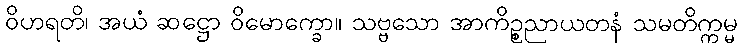
ဝိဟရတိ၊ အယံ ဆဋ္ဌော ဝိမောက္ခော။ သဗ္ဗသော အာကိဉ္စညာယတနံ သမတိက္ကမ္မ